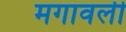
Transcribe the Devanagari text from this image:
मगावली